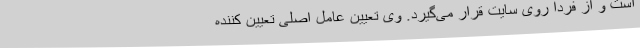
است و از فردا روی سایت قرار می‌گیرد. وی تعیین عامل اصلی تعیین کننده